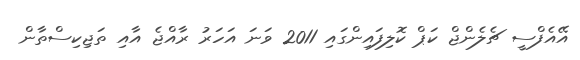
އޭއެފްސީ ޗެލެންޖް ކަޕް ކޮލިފައިންގައި 2011 ވަނަ އަހަރު ރާއްޖެ އާއި ތަޖިކިސްތާން